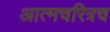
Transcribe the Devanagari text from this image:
आत्मचरित्रच